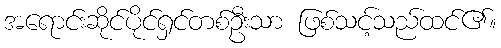
အရောင်းဆိုင်ပိုင်ရှင်တစ်ဦးသာ ဖြစ်သင့်သည်ထင်၏။